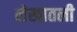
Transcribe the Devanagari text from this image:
लेखातली